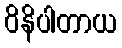
ဝိနိပါတာယ